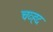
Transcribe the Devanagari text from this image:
चव्हद